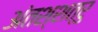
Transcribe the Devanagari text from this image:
अंतश्शत्रु